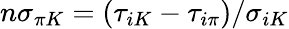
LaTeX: n\sigma_{\pi K}=(\tau_{iK}-\tau_{i\pi})/\sigma_{iK}